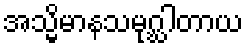
အသ္မိမာနသမုဂ္ဃါတာယ